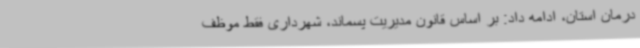
درمان استان، ادامه داد: بر اساس قانون مدیریت پسماند، شهرداری فقط موظف